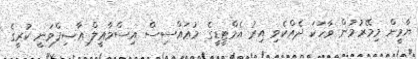
ޔާމީން މިމޭރުމުން ވާހަކަ ދެއްކެވި އިރު އެމްޓީޑީގެ މުޢައްސިސް އިސްމާޢީލް ޢާޞިފްވަނީ ކުރީގެ